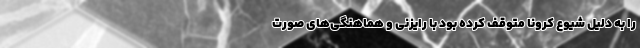
را به دلیل شیوع کرونا متوقف کرده بود با رایزنی و هماهنگی‌های صورت